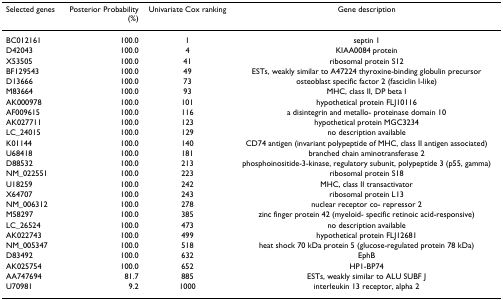
<table><thead><tr><td><b>Selected genes</b></td><td><b>Posterior Probability(%)</b></td><td><b>Univariate Cox ranking</b></td><td><b>Gene description</b></td></tr></thead><tbody><tr><td>BC012161</td><td>100.0</td><td>1</td><td>septin 1</td></tr><tr><td>D42043</td><td>100.0</td><td>4</td><td>KIAA0084 protein</td></tr><tr><td>X53505</td><td>100.0</td><td>41</td><td>ribosomal protein S12</td></tr><tr><td>BF129543</td><td>100.0</td><td>49</td><td>ESTs, weakly similar to A47224 thyroxine-binding globulin precursor</td></tr><tr><td>D13666</td><td>100.0</td><td>73</td><td>osteoblast specific factor 2 (fasciclin I-like)</td></tr><tr><td>M83664</td><td>100.0</td><td>93</td><td>MHC, class II, DP beta I</td></tr><tr><td>AK000978</td><td>100.0</td><td>101</td><td>hypothetical protein FLJ10116</td></tr><tr><td>AF009615</td><td>100.0</td><td>116</td><td>a disintegrin and metallo- proteinase domain 10</td></tr><tr><td>AK027711</td><td>100.0</td><td>123</td><td>hypothetical protein MGC3234</td></tr><tr><td>LC_24015</td><td>100.0</td><td>129</td><td>no description available</td></tr><tr><td>K01144</td><td>100.0</td><td>140</td><td>CD74 antigen (invariant polypeptide of MHC, class II antigen associated)</td></tr><tr><td>U68418</td><td>100.0</td><td>181</td><td>branched chain aminotransferase 2</td></tr><tr><td>D88532</td><td>100.0</td><td>213</td><td>phosphoinositide-3-kinase, regulatory subunit, polypeptide 3 (p55, gamma)</td></tr><tr><td>NM_022551</td><td>100.0</td><td>223</td><td>ribosomal protein S18</td></tr><tr><td>U18259</td><td>100.0</td><td>242</td><td>MHC, class II transactivator</td></tr><tr><td>X64707</td><td>100.0</td><td>243</td><td>ribosomal protein L13</td></tr><tr><td>NM_006312</td><td>100.0</td><td>278</td><td>nuclear receptor co- repressor 2</td></tr><tr><td>M58297</td><td>100.0</td><td>385</td><td>zinc finger protein 42 (myeloid- specific retinoic acid-responsive)</td></tr><tr><td>LC_26524</td><td>100.0</td><td>473</td><td>no description available</td></tr><tr><td>AK022743</td><td>100.0</td><td>499</td><td>hypothetical protein FLJ12681</td></tr><tr><td>NM_005347</td><td>100.0</td><td>518</td><td>heat shock 70 kDa protein 5 (glucose-regulated protein 78 kDa)</td></tr><tr><td>D83492</td><td>100.0</td><td>632</td><td>EphB</td></tr><tr><td>AK025754</td><td>100.0</td><td>652</td><td>HP1-BP74</td></tr><tr><td>AA747694</td><td>81.7</td><td>885</td><td>ESTs, weakly similar to ALU SUBF J</td></tr><tr><td>U70981</td><td>9.2</td><td>1000</td><td>interleukin 13 receptor, alpha 2</td></tr></tbody></table>